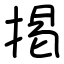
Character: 掲